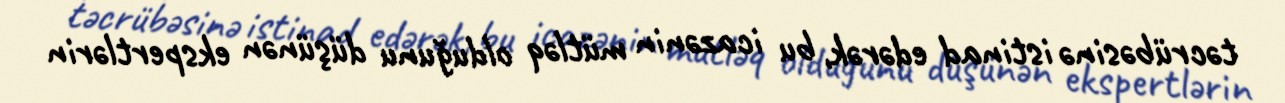
təcrübəsinə istinad edərək, bu icazənin mütləq olduğunu düşünən ekspertlərin